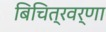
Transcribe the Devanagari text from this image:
बिचित्रवर्णा